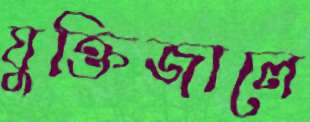
যুক্তিজালে